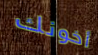
أخونك